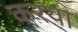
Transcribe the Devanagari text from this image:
करया